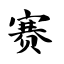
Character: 赛